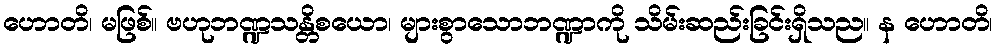
ဟောတိ၊ မဖြစ်။ ဗဟုဘဏ္ဍသန္တိစယော၊ များစွာသောဘဏ္ဍာကို သိမ်းဆည်းခြင်းရှိသည။ န ဟောတိ၊